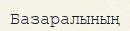
Базаралының